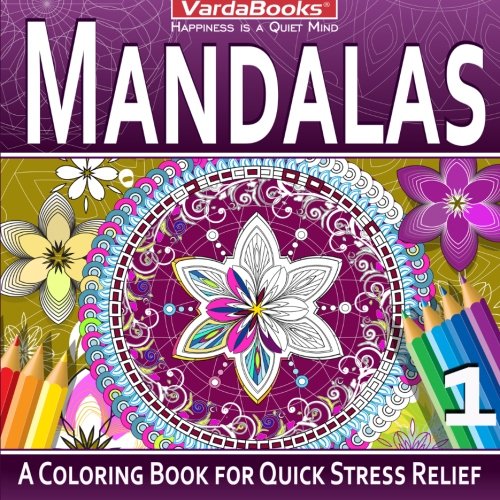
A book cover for Mandalas: A Coloring Book for Quick Stress Relief; Varda Books; Arts & Photography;